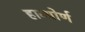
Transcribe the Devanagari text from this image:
हाव्थोर्ण